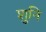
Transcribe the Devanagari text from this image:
शुनि